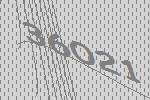
36021